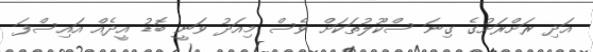
އަދި ރަށްރަށުގެ ގިނަ ސްކޫލުތަކަށް ވެސް މިއަދު ވަނީ ބޮޑު އީދެއް އައިސްފަ